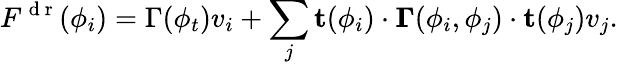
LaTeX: F^{\mathrm{~d~r~}}(\phi_{i})=\Gamma(\phi_{t})v_{i}+\sum_{j}\mathbf{t}(\phi_{i})\cdot\mathbf{\Gamma}(\phi_{i},\phi_{j})\cdot\mathbf{t}(\phi_{j})v_{j}.